Annual statistical returns and brief notes on vaccination in Bengal - 1896-1909
Year: 1896
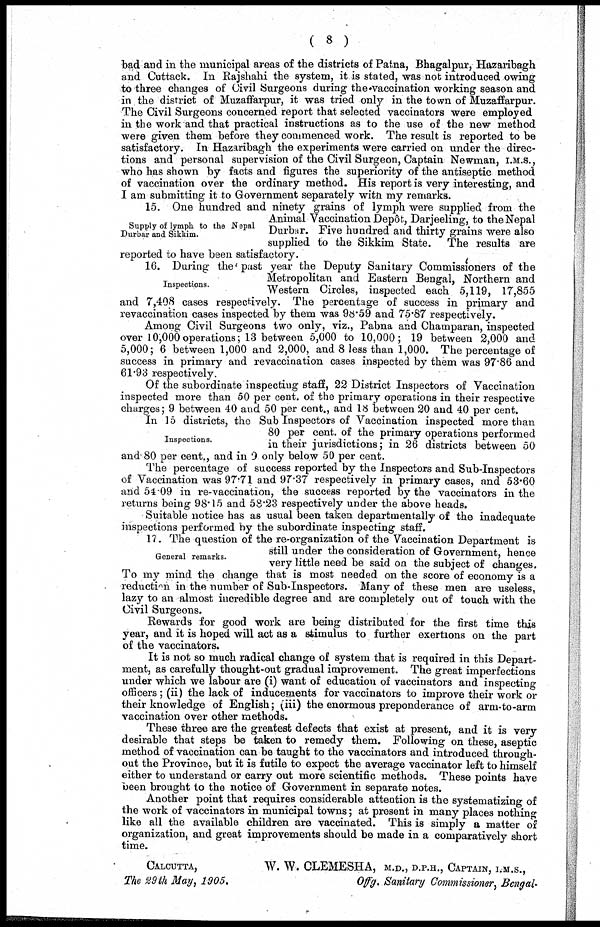
( 8 )
bad and in the municipal areas of the districts of Patna, Bhagalpur, Hazaribagh
and Cuttack. In Rajshahi the system, it is stated, was not introduced owing
to three changes of Civil Surgeons during the vaccination working season and
in the district of Muzaffarpur, it was tried only in the town of Muzaffarpur.
The Civil Surgeons concerned report that selected vaccinators were employed
in the work and that practical instructions as to the use of the new method
were given them before they commenced work. The result is reported to be
satisfactory. In Hazaribagh the experiments were carried on under the direc-
tions and personal supervision of the Civil Surgeon, Captain Newman, I.M.S.,
who has shown by facts and figures the superiority of the antiseptic method
of vaccination over the ordinary method. His report is very interesting, and
I am submitting it to Government separately with my remarks.
Supply of lymph to the Nepal
Durbar and Sikkim.
15. One hundred and ninety grains of lymph were supplied from the
Animal Vaccination Depôt, Darjeeling, to the Nepal
Durbar. Five hundred and thirty grains were also
supplied to the Sikkim State. The results are
reported to have been satisfactory.
Inspections.
16. During the past year the Deputy Sanitary Commissioners of the
Metropolitan and Eastern Bengal, Northern and
Western Circles, inspected each 5,119, 17,855
and 7,408 cases respectively. The percentage of success in primary and
revaccination cases inspected by them was 98.59 and 75.87 respectively.
Among Civil Surgeons two only, viz., Pabna and Champaran, inspected
over 10,000 operations; 13 between 5,000 to 10,000; 19 between 2,000 and
5,000; 6 between 1,000 and 2,000, and 8 less than 1,000. The percentage of
success in primary and revaccination cases inspected by them was 97.86 and
61.93 respectively.
Of the subordinate inspecting staff, 22 District Inspectors of Vaccination
inspected more than 50 per cent. of the primary operations in their respective
charges; 9 between 40 and 50 per cent., and 18 between 20 and 40 per cent.
Inspections.
In 15 districts, the Sub Inspectors of Vaccination inspected more than
80 per cent. of the primary operations performed
in their jurisdictions; in 26 districts between 50
and 80 per cent., and in 9 only below 50 per cent.
The percentage of success reported by the Inspectors and Sub-Inspectors
of Vaccination was 97.71 and 97.37 respectively in primary cases, and 53.60
and 54.09 in re-vaccination, the success reported by the vaccinators in the
returns being 98.15 and 58.23 respectively under the above heads.
Suitable notice has as usual been taken departmentally of the inadequate
inspections performed by the subordinate inspecting staff.
General remarks.
17. The question of the re-organization of the Vaccination Department is
still under the consideration of Government, hence
very little need be said on the subject of changes.
To my mind the change that is most needed on the score of economy is a
reduction in the number of Sub-Inspectors. Many of these men are useless,
lazy to an almost incredible degree and are completely out of touch with the
Civil Surgeons.
Rewards for good work are being distributed for the first time this
year, and it is hoped will act as a stimulus to further exertions on the part
of the vaccinators.
It is not so much radical change of system that is required in this Depart-
ment, as carefully thought-out gradual improvement. The great imperfections
under which we labour are (i) want of education of vaccinators and inspecting
officers; (ii) the lack of inducements for vaccinators to improve their work or
their knowledge of English; (iii) the enormous preponderance of arm-to-arm
vaccination over other methods.
These three are the greatest defects that exist at present, and it is very
desirable that steps be taken to remedy them. Following on these, aseptic
method of vaccination can be taught to the vaccinators and introduced through-
out the Province, but it is futile to expect the average vaccinator left to himself
either to understand or carry out more scientific methods. These points have
been brought to the notice of Government in separate notes.
Another point that requires considerable attention is the systematizing of
the work of vaccinators in municipal towns; at present in many places nothing
like all the available children are vaccinated. This is simply a matter of
organization, and great improvements should be made in a comparatively short
time.
CALCUTTA,
The 29th May, 1905.
W. W. CLEMESHA, M.D., D.P.H., CAPTAIN, I.M.S.,
Offg. Sanitary Commissioner, Bengal.